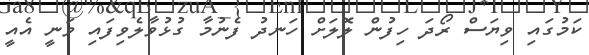
ކަމުގައި ވިޔަސް ރޯދަ ހިފުން ލޮލަށް ހަނދު ފެނުމާ ގުޅުވާލެވިފައި ވަނީ އެއީ